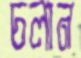
চলান